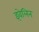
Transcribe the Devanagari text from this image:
इवेलिन